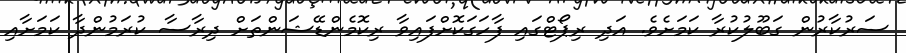
ސަރުކާރުން ގަބޫލުކުރާ ކަމަށެވެ. އަދި ރިޕޯޓްގައި ފާހަގަކޮށްފައިވާ ރިކޮމެންޑޭޝަންތަށް ދިރާސާ ކުރަމުންދާ ކަމަށާއި